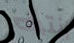
إنتباه